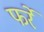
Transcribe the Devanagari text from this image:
फर्रे